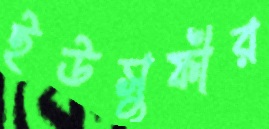
ইউসুফীর